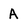
Character: A